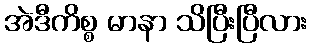
အဲဒီကိစ္စ မာနာ သိပြီးပြီလား